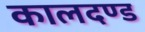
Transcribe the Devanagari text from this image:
कालदण्ड